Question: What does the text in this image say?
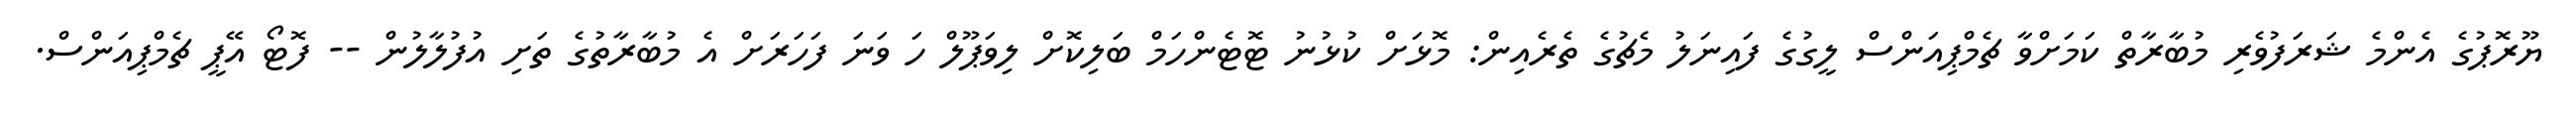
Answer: ޔޫރޮޕުގެ އެންމެ ޝަރަފުވެރި މުބާރާތް ކަމަށްވާ ޗެމްޕިއަންސް ލީގުގެ ފައިނަލު މެޗުގެ ތެރެއިން: މޮޅަށް ކުޅުނު ޓޮޓެންހަމް ބަލިކޮށް ލިވަޕޫލް ހަ ވަނަ ފަހަރަށް އެ މުބާރާތުގެ ތަށި އުފުލާލުން -- ފޮޓޯ އޭޕީ ޗެމްޕިއަންސް.